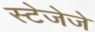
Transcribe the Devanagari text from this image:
स्टेजेजे